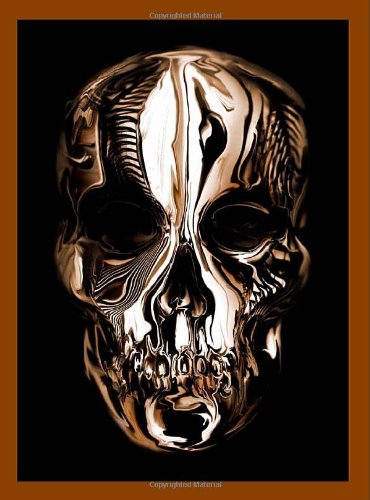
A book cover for Alexander McQueen: Savage Beauty (Metropolitan Museum of Art); Andrew Bolton; Arts & Photography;